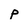
Character: p